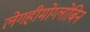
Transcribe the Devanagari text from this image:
लेगहीमोग्लोबिन